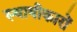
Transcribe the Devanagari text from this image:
स्थायीकारों